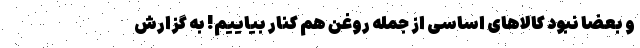
و بعضاً نبود کالاهای اساسی از جمله روغن هم کنار بیاییم! به گزارش